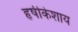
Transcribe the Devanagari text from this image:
हृषीकेशाय